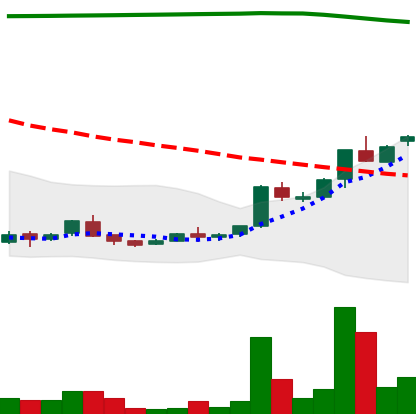
Ticker: ADA-USD
Chart end date: 2018-04-19
Forward return: 14.876%
Label: up_7plus